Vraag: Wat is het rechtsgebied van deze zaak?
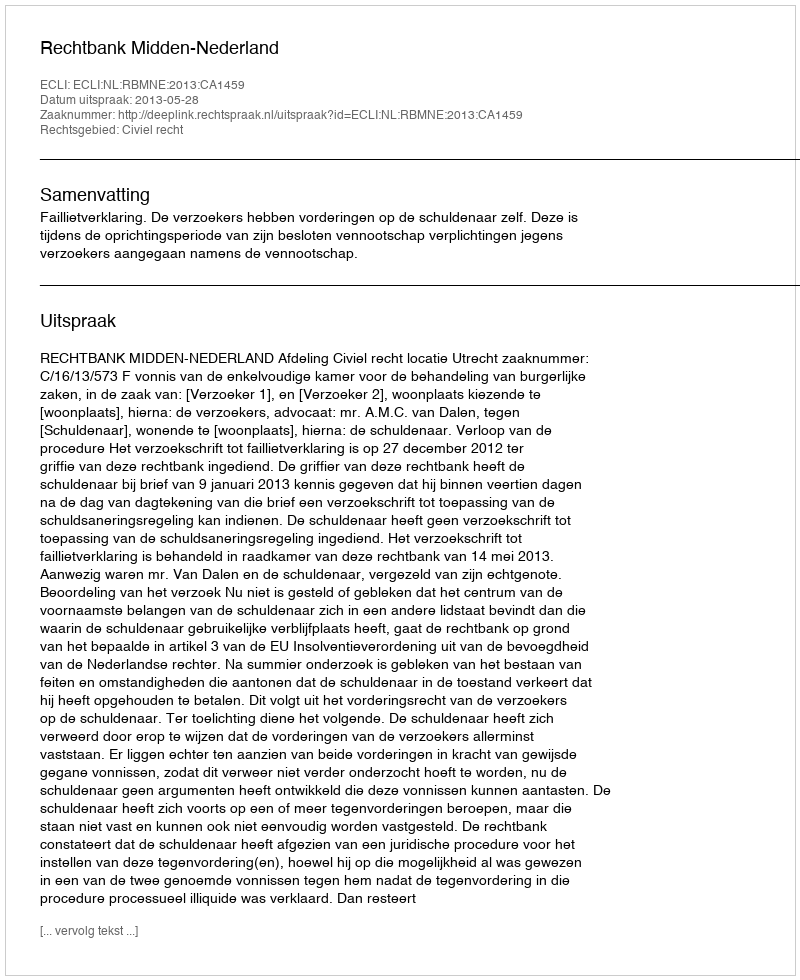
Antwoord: Civiel recht